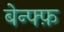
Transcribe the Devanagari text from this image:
बेन्फ्फ़